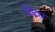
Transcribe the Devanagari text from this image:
विव्ध